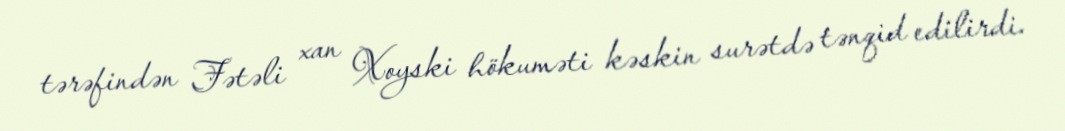
tərəfindən Fətəli xan Xoyski hökuməti kəskin surətdə tənqid edilirdi.